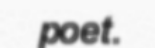
poet.